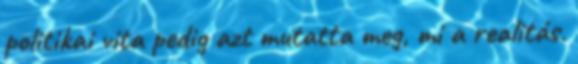
politikai vita pedig azt mutatta meg, mi a realitás.